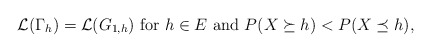
\begin{align*}\mathcal{L}(\Gamma_h) =\mathcal{L}(G_{1,h}){\rm ~{for}~} h \in E {\rm ~{and}~} P(X\succeq h)< P(X \preceq h),\end{align*}